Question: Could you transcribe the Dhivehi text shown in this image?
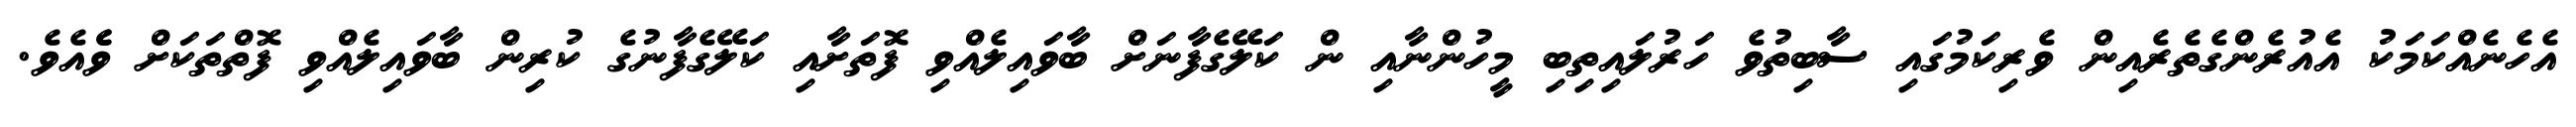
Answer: އެހެނެއްކަމަކު އެއުރެންގެތެރެއިން ވެރިކަމުގައި ސާބިތުވެ ހަރުލައިތިބި މީހުންނާއި ން ކަލޭގެފާނަށް ބާވައިލެއްވި ފޮތަށާއި ކަލޭގެފާނުގެ ކުރިން ބާވައިލެއްވި ފޮތްތަކަށް ވެެއެވެ.